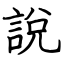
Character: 說